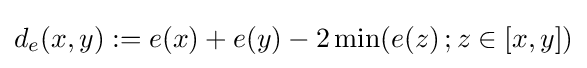
d_{e}(x,y):=e(x)+e(y)-2\min(e(z)\,;z\in [x,y])